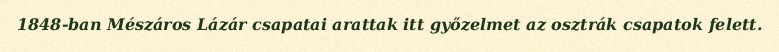
1848-ban Mészáros Lázár csapatai arattak itt győzelmet az osztrák csapatok felett.